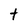
Character: t